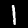
Digit: 1